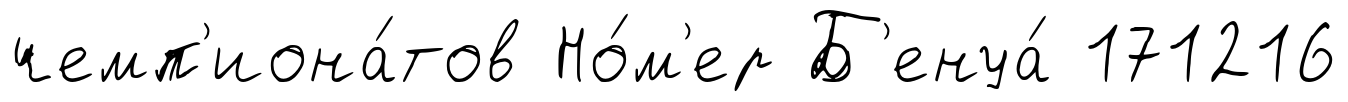
чемп'иона́тов Но́м'ер Б'енуа́ 171216